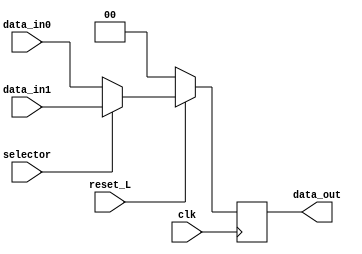
//++++++++++MODULO MULTIPLEXOR 2 X 1 CON UN FLIP FLOP PARA GUARDAR EN MEMORIA EL ESTADO Y CON RESET +++++++++++++++

module mux_memoria(
    input clk,
    input reset_L,
    input selector,
    input [1:0] data_in0,
    input [1:0] data_in1,
    output reg [1:0] data_out
);
    // Este es un wire temporal que pasar los registros del MUX al Flip Flop
    reg [1:0] temporal_output;

    // Este es el bloque always para la lgica del MUX 2x1
    always @(*) begin
        if (selector)
            temporal_output = data_in1;
        else
            temporal_output = data_in0;

    end

    // Este es el bloque always para la lgica del Flip Flop con reset

    always @(posedge clk) begin
        if (reset_L)
            data_out <= temporal_output;
        else
            data_out <= 2'b00;
    end

endmodule